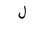
Letter: _lam